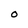
Character: O